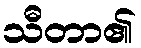
သီတာ၏